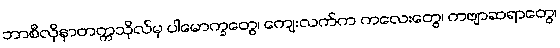
ဘာစီလိုနာတက္ကသိုလ်မှ ပါမောက္ခတွေ၊ ကျေးလက်က ကလေးတွေ၊ ကဗျာဆရာတွေ၊